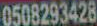
0508293428